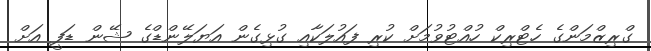
ގްރިޒްމަންގެ ހެޓްރިކް ހުއްޓުވުމަށް ކުރި ފައުލަކާއި ގުޅިގެން އަޔަލޭންޑްގެ ޝޭން ޑަފީ އަށް